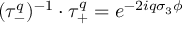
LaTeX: ( \tau _ { - } ^ { q } ) ^ { - 1 } \cdot \tau _ { + } ^ { q } = e ^ { - 2 i q \sigma _ { 3 } \phi }